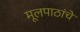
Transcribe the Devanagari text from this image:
मूलपाठांचे